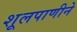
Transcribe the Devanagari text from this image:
शूलपाणीने